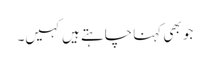
جو بھی کہنا چاہتے ہیں کہیں۔